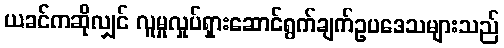
ယခင်ကဆိုလျှင် လူမှုလှုပ်ရှားဆောင်ရွက်ချက်ဥပဒေသများသည်